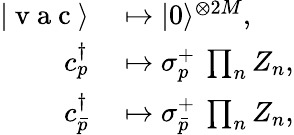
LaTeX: \begin{array}{rl}{|\mathrm{~v~a~c~}\rangle}&{{}\mapsto|{0}\rangle^{\otimes 2M},}\\ {{c}_{p}^{\dagger}}&{{}\mapsto\sigma_{p}^{+}\: \prod_{n}{Z}_{n},}\\ {{c}_{\bar{p}}^{\dagger}}&{{}\mapsto\sigma_{\bar{p}}^{+}\: \prod_{n}{Z}_{n},}\end{array}